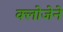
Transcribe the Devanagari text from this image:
क्लोजेने